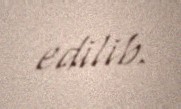
edilib.